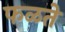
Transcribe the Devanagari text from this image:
फळते